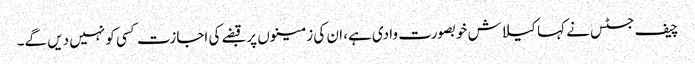
چیف جسٹس نے کہا کیلاش خوبصورت وادی ہے، ان کی زمینوں پر قبضے کی اجازت کسی کو نہیں دیں گے۔